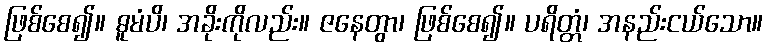
ဖြစ်စေ၍။ ဓူမံပိ၊ အခိုးကိုလည်း။ ဇနေတွာ၊ ဖြစ်စေ၍။ ပရိတ္တံ၊ အနည်းငယ်သော။